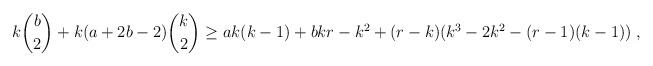
LaTeX: \begin{align*} k\binom{b}{2}+k(a+2b-2)\binom{k}{2}\geq ak(k-1)+bkr-k^{2}+(r-k)(k^{3}-2k^{2}-(r-1)(k-1))\;, \end{align*}